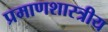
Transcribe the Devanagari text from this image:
प्रमाणशास्त्रीय